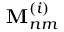
\mathbf { M } _ { n m } ^ { ( i ) }